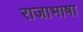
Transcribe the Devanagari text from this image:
राजाभाषा